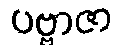
ပဗ္ဗာဇာ